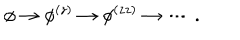
\phi \rightarrow \phi ^ { ( z ) } \rightarrow \phi ^ { ( z z ) } \rightarrow \cdots \, .